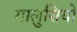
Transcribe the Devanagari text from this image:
गालुसियो